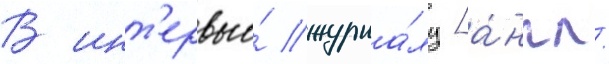
В инт'ервью́ журна́лу [а́нгл.